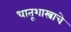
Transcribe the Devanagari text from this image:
धातूशास्त्राचे